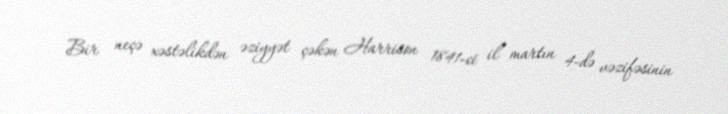
Bir neçə xəstəlikdən əziyyət çəkən Harrison 1841-ci il martın 4-də vəzifəsinin